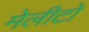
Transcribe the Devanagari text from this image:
मेलीटो